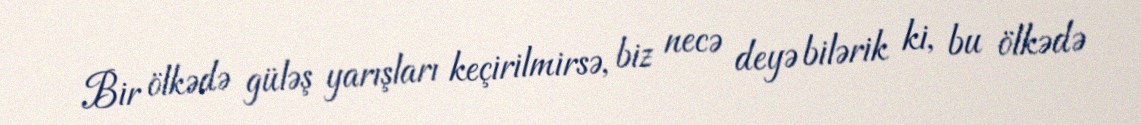
Bir ölkədə güləş yarışları keçirilmirsə, biz necə deyə bilərik ki, bu ölkədə